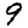
Digit: 9